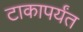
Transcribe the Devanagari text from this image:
टाकापर्यंत